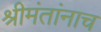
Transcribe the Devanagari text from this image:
श्रीमंतांनाच